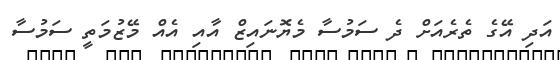
އަދި އޭގެ ތެރެއަށް ދެ ސަމުސާ މެޔޮނައިޒް އާއި އެއް މޭޒުމަތީ ސަމުސާ